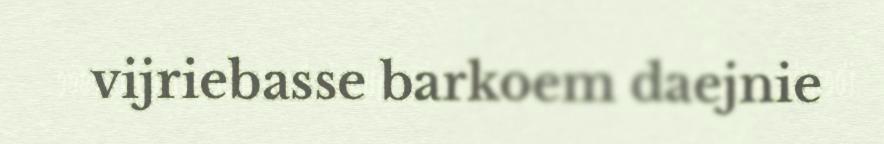
vijriebasse barkoem daejnie